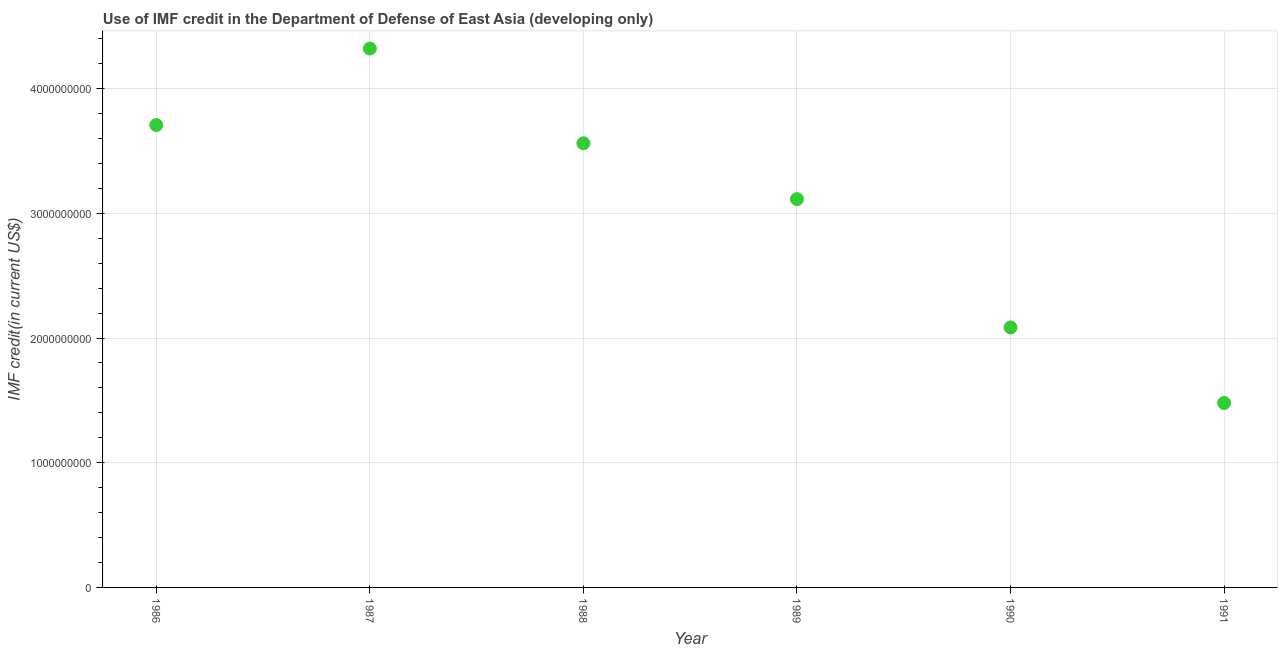
| Year | Use of IMF credit (DOD |
 | --- | --- |
 | 1986 | 3.71e+09 |
 | 1987 | 4.32e+09 |
 | 1988 | 3.56e+09 |
 | 1989 | 3.11e+09 |
 | 1990 | 2.08e+09 |
 | 1991 | 1.48e+09 |